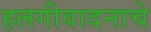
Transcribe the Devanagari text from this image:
हलगीवादनाचे